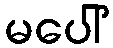
မပေါ်